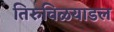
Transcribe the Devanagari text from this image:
तिरुविळयाडल